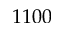
1 1 0 0